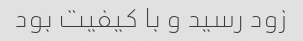
زود رسید و با کیفیت بود